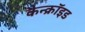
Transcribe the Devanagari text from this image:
कैन्क्रॉइड